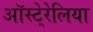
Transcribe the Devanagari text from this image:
ऑस्टे्रेलिया